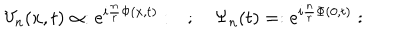
V _ { n } ( x , t ) \propto : e ^ { i \frac { n } { r } \Phi ( x , t ) } : \quad ; \quad \Psi _ { n } ( t ) = : e ^ { i \frac { n } { r } \Phi ( 0 , t ) } :